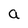
Character: a